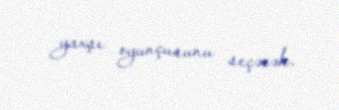
yaxşı oyunçusunu seçəcək.